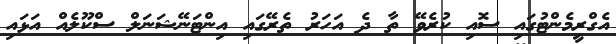
އެގްރީމެންޓުގައި ސޮއި ކުރެވޭ ތާ ދެ އަހަރު ތެރޭގައި އިންޓަނޭޝަނަލް ސްކޫލެއް އަޅައި